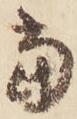
当